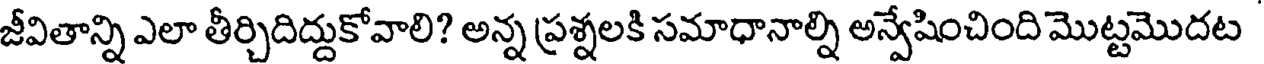
జీవితాన్ని ఎలా తీర్చిదిద్దుకోవాలి? అన్న ప్రశ్నలకి సమాధానాల్ని అన్వేషించింది మొట్టమొదట